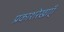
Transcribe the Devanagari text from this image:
प्रकाशरेखाएँ